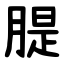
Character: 䐎